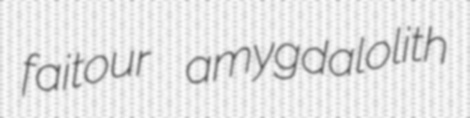
faitour amygdalolith